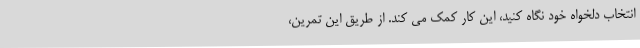
انتخاب دلخواه خود نگاه کنید، این کار کمک می کند. از طریق این تمرین،